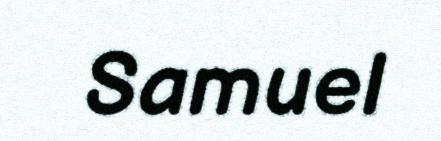
Samuel